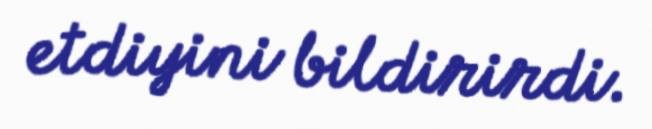
etdiyini bildirirdi.